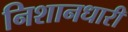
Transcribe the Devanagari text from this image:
निशानधारी